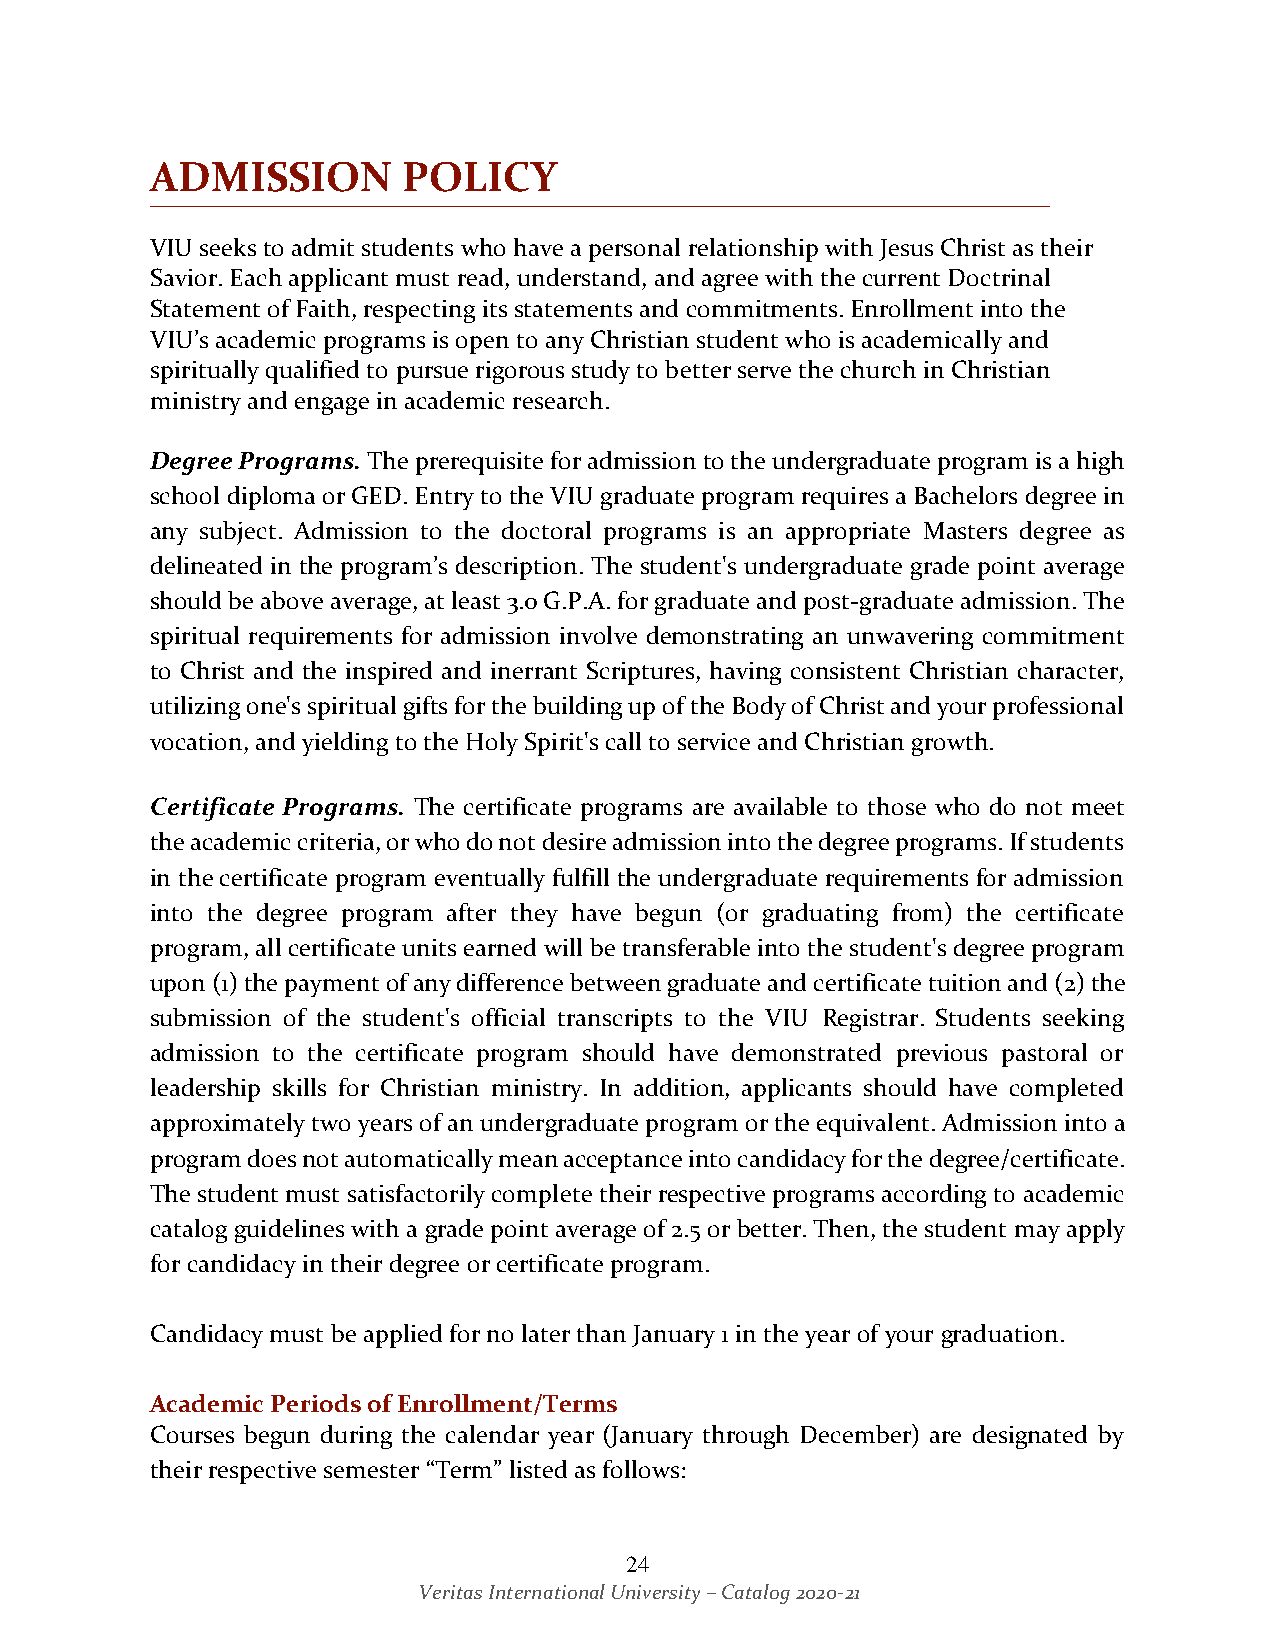
ADMISSION        POLICY
 VIU seeks to admit students who have a personal relationship with Jesus Christ as their
 Savior. Each applicant must read, understand, and agree with the current Doctrinal
 Statement of Faith, respecting its statements and commitments. Enrollment into the
 VIU’s academic programs is open to any Christian student who is academically and
 spiritually qualified to pursue rigorous study to better serve the church in Christian
 ministry and engage in academic research.
 Degree Programs. The prerequisite for admission to the undergraduate program is a high
 school diploma or GED. Entry to the VIU graduate program requires a Bachelors degree in
 any subject. Admission to the doctoral programs is an appropriate Masters degree as
 delineated in the program’s description. The student's undergraduate grade point average
 should be above average, at least 3.0 G.P.A. for graduate and post-graduate admission. The
 spiritual requirements for admission involve demonstrating an unwavering commitment
 to Christ and the inspired and inerrant Scriptures, having consistent Christian character,
 utilizing one's spiritual gifts for the building up of the Body of Christ and your professional
 vocation, and yielding to the Holy Spirit's call to service and Christian growth.
 Certificate Programs. The certificate programs are available to those who do not meet
 the academic criteria, or who do not desire admission into the degree programs. If students
 in the certificate program eventually fulfill the undergraduate requirements for admission
 into the degree program after they have begun (or graduating from) the certificate
 program, all certificate units earned will be transferable into the student's degree program
 upon (1) the payment of any difference between graduate and certificate tuition and (2) the
 submission of the student's official transcripts to the VIU Registrar. Students seeking
 admission to the certificate program should have demonstrated previous pastoral or
 leadership skills for Christian ministry. In addition, applicants should have completed
 approximately two years of an undergraduate program or the equivalent. Admission into a
 program does not automatically mean acceptance into candidacy for the degree/certificate.
 The student must satisfactorily complete their respective programs according to academic
 catalog guidelines with a grade point average of 2.5 or better. Then, the student may apply
 for candidacy in their degree or certificate program.
 Candidacy must be applied for no later than January 1 in the year of your graduation.
 Academic Periods of Enrollment/Terms
 Courses begun during the calendar year (January through December) are designated by
 their respective semester “Term” listed as follows:
 24
 Veritas International University – Catalog 2020-21